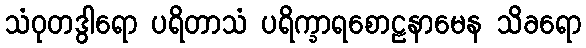
သံဝုတဒွါရော ပရိတာသံ ပရိက္ခာရစောဠနာမေန သိခရော